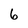
Character: 6